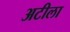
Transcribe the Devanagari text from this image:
अटीला